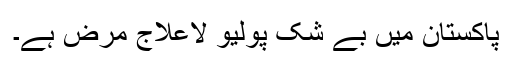
پاکستان میں بے شک پولیو لاعلاج مرض ہے۔